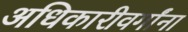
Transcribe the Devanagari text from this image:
अधिकारीवर्गांना